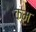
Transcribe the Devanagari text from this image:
क्म